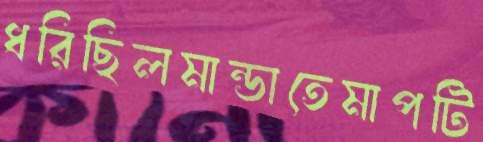
ধরিছিলমান্ডাতেমাপটি